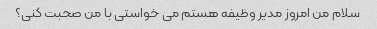
سلام من امروز مدیر وظیفه هستم می خواستی با من صحبت کنی؟